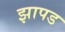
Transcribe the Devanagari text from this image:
झापड